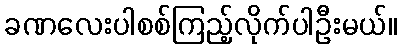
ခဏလေးပါစစ်ကြည့်လိုက်ပါဦးမယ်။